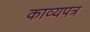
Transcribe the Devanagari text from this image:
काव्यपत्र